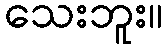
သေးဘူး။